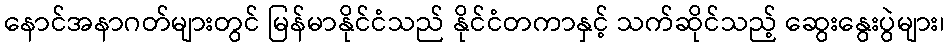
နောင်အနာဂတ်များတွင် မြန်မာနိုင်ငံသည် နိုင်ငံတကာနှင့် သက်ဆိုင်သည့် ဆွေးနွေးပွဲများ၊